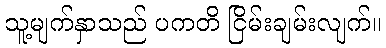
သူ့မျက်နှာသည် ပကတိ ငြိမ်းချမ်းလျက်။